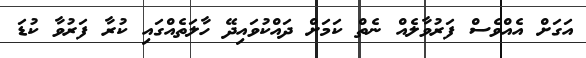
އަގަށް އެއްވެސް ފަރުވާލެއް ނެތް ކަމަށް ދައްކުވައިދޭ ހާލަތެއްގައި ކުރާ ފަރުވާ ކުޑަ